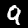
Label: 9